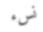
نسء